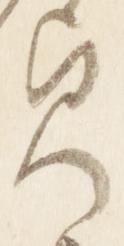
貞